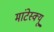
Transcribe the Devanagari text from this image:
मांटेस्क्यू